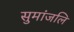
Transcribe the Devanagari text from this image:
सुमांजलि